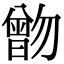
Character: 朆